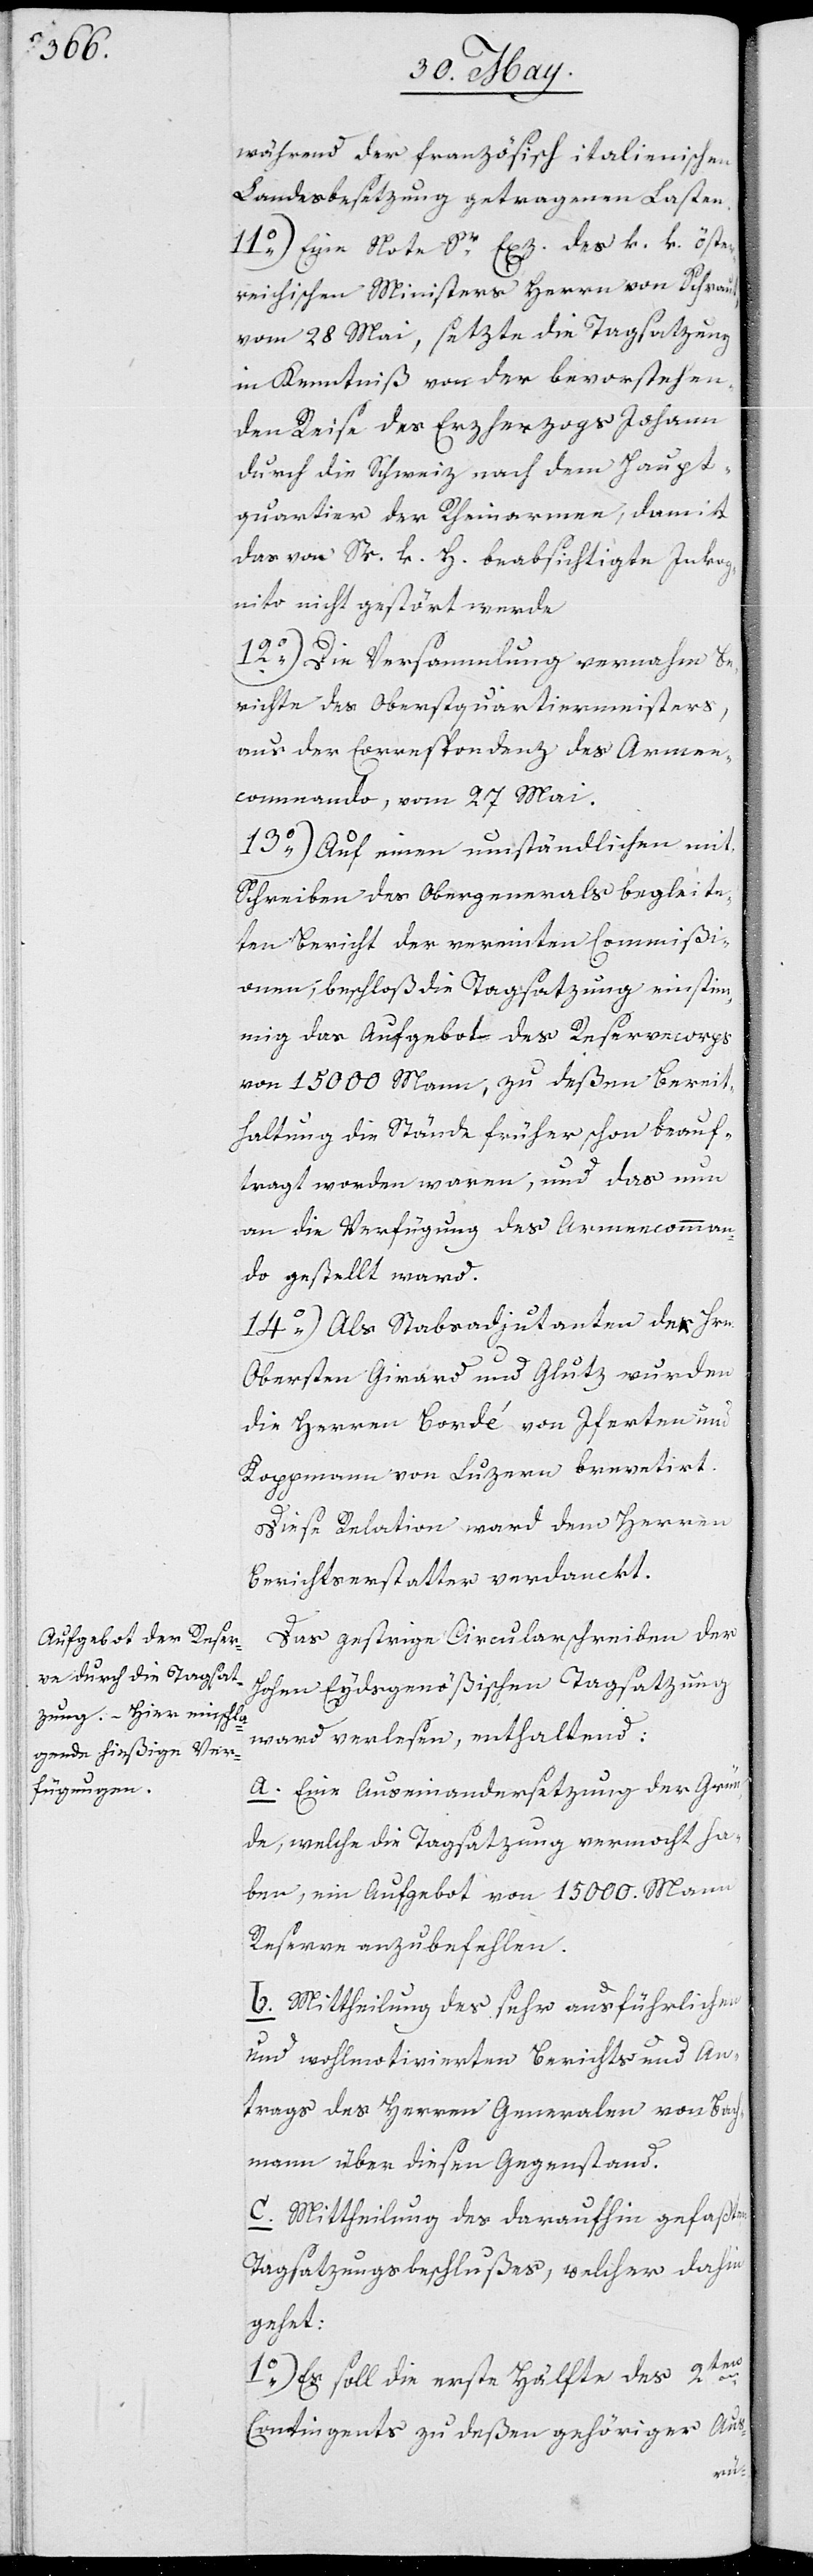
während der französisch italienischen
Landesbesetzung getragenen Lasten.
11.) Eine Note Sr. Exz. des k. k. öster¬
reichischen Ministers Herrn von Schraut,
vom 28 Mai, setzte die Tagsatzung
in Kenntniß von der bevorstehen¬
den Reise des Erzherzogs Johann
durch die Schweiz nach dem Haupt¬
quartier der Rheinarmee, damit
das von Sr. k. H. beabsichtigte Inkog¬
nito nicht gestört werde.
12.) Die Versammlung vernahm Be¬
richte des Oberstquartiermeisters,
aus der Correspondenz des Armee¬
commando, vom 27. Mai.
13.) Auf einen umständlichen mit
Schreiben des Obergenerals begleite¬
ten Bericht der vereinten Commißi¬
onen, beschloß die Tagsatzung, einstim¬
mig das Aufgebot des Reservecorps
vom 15000. Mann, zu deßen Bereit¬
haltung die Stände früher schon beauf¬
tragt worden waren, und daß nun
an die Verfügung des Armeecomman¬
do gestellt ward.
14.) Als Staabsadjutanten der Hrn.
Obersten Girard und Glutz wurden
die Herren Bordé von Iferten und
Koppmann von Luzern brevetiert.
Diese Relation ward dem Herren
Berichtserstatter verdanckt.
Das gestrige Circularschreiben der
Hohen Eydsgenößischen Tagsatzung
ward verlesen, enthaltend:
a. Eine Auseinandersetzung der Grün¬
de, welche die Tagsatzung vermocht ha¬
ben, ein Aufgebot von 15000. Mann
Reserve anzubefehlen.
b. Mittheilung des sehr ausführlichen
und wohlmotivierten Berichts und An¬
trags des Herren Generalen von Bach¬
mann über diesen Gegenstand.
c. Mittheilung des daraufhin gefaßten
Tagsatzungsbeschlußes, welcher dahin
geht:
1.) Es soll die erste Hälfte des 2ten
Contingents zu deßen gehöriger Aus-